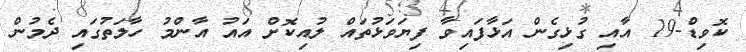
ކޮވިޑް-19 އާއި ގުޅިގެން އަޅާފައިވާ ފިޔަވަޅުތައް ލުއިކޮށް އައު އާންމު ހާލަތުގައި ދެމުން